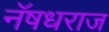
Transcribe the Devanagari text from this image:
नॅषधराज